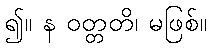
၍။ န ဝတ္တတိ၊ မဖြစ်။